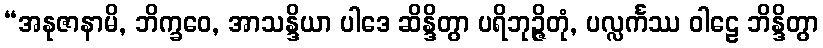
“အနုဇာနာမိ, ဘိက္ခဝေ, အာသန္ဒိယာ ပါဒေ ဆိန္ဒိတွာ ပရိဘုဉ္ဇိတုံ, ပလ္လင်္ကဿ ဝါဠေ ဘိန္ဒိတွာ